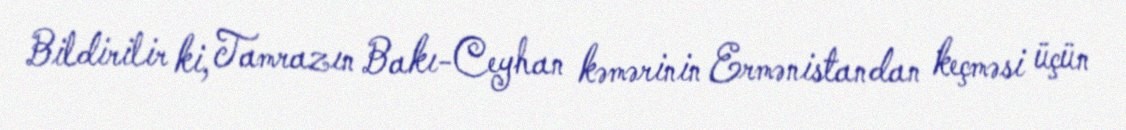
Bildirilir ki, Tamrazın Bakı-Ceyhan kəmərinin Ermənistandan keçməsi üçün